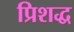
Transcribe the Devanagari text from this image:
प्रिशद्ध